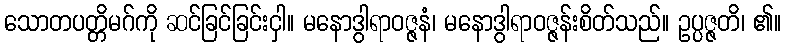
သောတပတ္တိမဂ်ကို ဆင်ခြင်ခြင်းငှါ။ မနောဒွါရာဝဇ္ဇနံ၊ မနောဒွါရာဝဇ္ဇန်းစိတ်သည်။ ဥပ္ပဇ္ဇတိ၊ ၏။